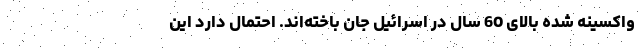
واکسینه شده بالای 60 سال در اسرائیل جان باخته‌اند. احتمال دارد این